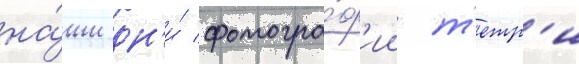
на́ши дн'и́ фотогра́ф'ии т'етр'и